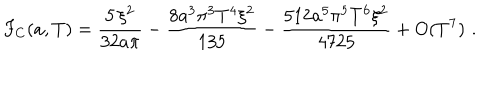
F _ { C } ( a , T ) = \frac { 5 \, \xi ^ { 2 } } { 3 2 a \pi } - \frac { 8 a ^ { 3 } \pi ^ { 3 } T ^ { 4 } \xi ^ { 2 } } { 1 3 5 } - \frac { 5 1 2 a ^ { 5 } \pi ^ { 5 } T ^ { 6 } \xi ^ { 2 } } { 4 7 2 5 } + O ( T ^ { 7 } ) \, \, .